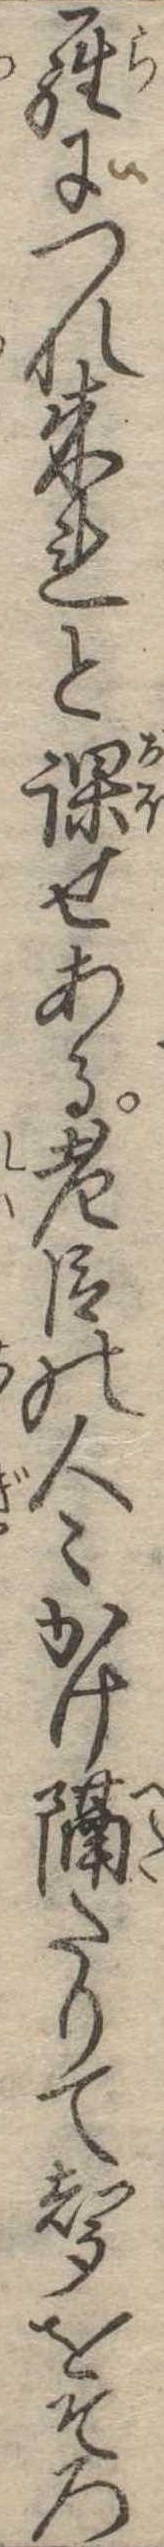
羅につれ来れと課せある老臣の人かけ隔たりて声をそろ